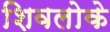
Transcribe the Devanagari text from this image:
शिवलोके